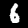
Label: 6